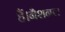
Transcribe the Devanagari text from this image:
हैं।नैशनल